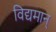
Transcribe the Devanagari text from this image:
विद्यमान्